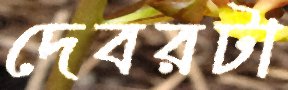
দেবরটা